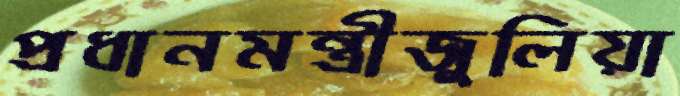
প্রধানমন্ত্রীজুলিয়া